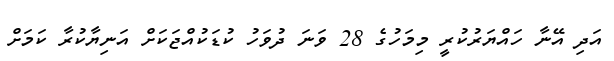
އަދި އޭނާ ހައްޔަރުކުރީ މިމަހުގެ 28 ވަނަ ދުވަހު ކުޑަކުއްޖަކަށް އަނިޔާކުރާ ކަމަށް